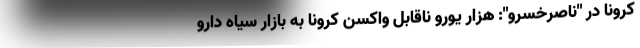
کرونا در "ناصرخسرو": هزار یورو ناقابل واکسن کرونا به بازار سیاه دارو